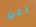
لكن